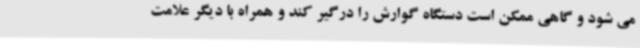
می شود و گاهی ممکن است دستگاه گوارش را درگیر کند و همراه با دیگر علامت